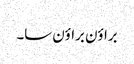
براؤن براؤن سا۔